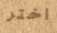
اختر